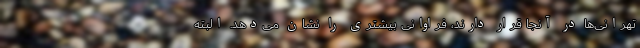
تهرانی‌ها در آنجا قرار دارند، فراوانی بیشتری را نشان می‌دهد. البته